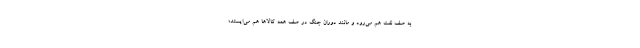
به صف نفت هم می‌رود و مانند دوران جنگ در صف همه کالاها هم می‌ایستد؛